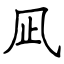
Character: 凪